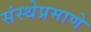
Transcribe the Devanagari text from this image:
संस्थेप्रमाणे